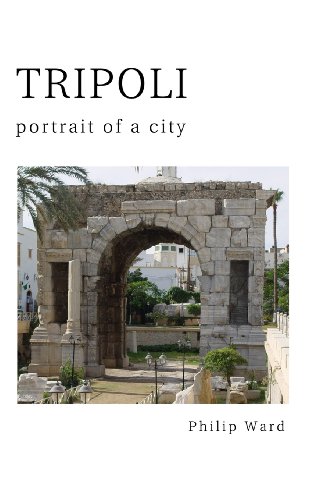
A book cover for Tripoli: Portrait of a City; Philip Ward; Travel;